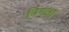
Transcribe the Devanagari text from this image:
त्रिगता